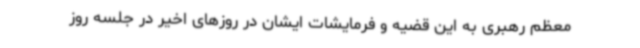
معظم رهبری به این قضیه و فرمایشات ایشان در روزهای اخیر در جلسه روز